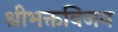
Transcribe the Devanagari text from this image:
श्रीभक्तविजय